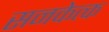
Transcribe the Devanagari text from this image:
सनकेत्क